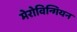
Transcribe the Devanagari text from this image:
मेरोविन्गियन